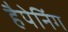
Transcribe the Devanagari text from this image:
हैपेनिंग